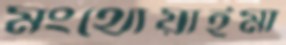
মংথোয়াইমা